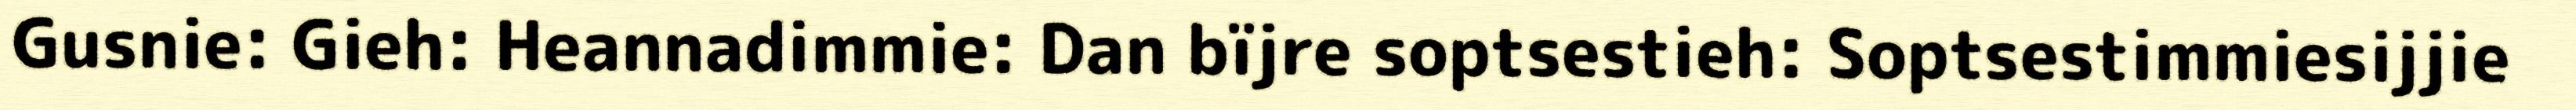
Gusnie: Gieh: Heannadimmie: Dan bïjre soptsestieh: Soptsestimmiesijjie